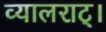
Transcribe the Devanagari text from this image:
व्यालराट्।